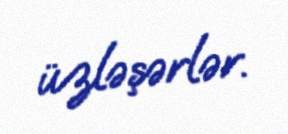
üzləşərlər.